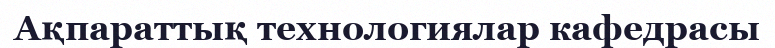
Ақпараттық технологиялар кафедрасы